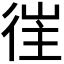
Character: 𢔎